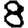
Digit: 8